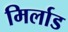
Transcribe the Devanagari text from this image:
मिर्लाड